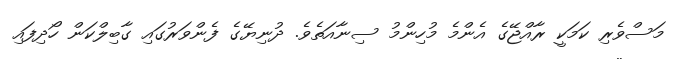
މަސްވެރި ކަމަކީ ރާއްޖޭގެ އެންމެ މުހިންމު ސިނާއަތެވެ. ދުނިޔޭގެ ފެންވަރުގައި ގާބިލްކަން ހޯދިފައި